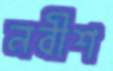
নবীশ